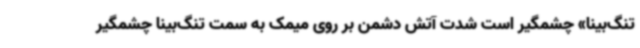
تنگ‌بینا» چشمگیر است شدت آتش دشمن بر روی میمک به سمت تنگ‌بینا چشمگیر